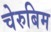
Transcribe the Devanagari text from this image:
चेरुबिम